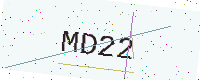
Text: MD22